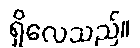
ရှိလေသည်။